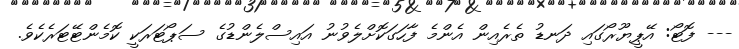
--- ފޮޓޯ: އޭޕީޔޫރޯގައި ދަނޑު ތެރެއިން އެންމެ ފާހަގަކޮށްލެވުނު އައިސްލެންޑުގެ ސަޕޯޓަރަކީ ކޮމެންޓޭޓަރެކެވެ.